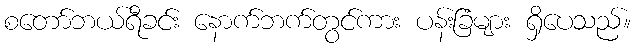
စတော်ဘယ်ရီခင်း နောက်ဘက်တွင်ကား ပန်းခြံများ ရှိပေသည်။